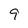
Character: 9